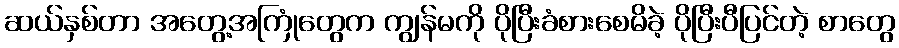
ဆယ်နှစ်တာ အတွေ့အကြုံတွေက ကျွန်မကို ပိုပြီးခံစားစေမိခဲ့ ပိုပြီးပီပြင်တဲ့ စာတွေ